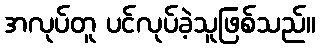
အလုပ်တူ ပင်လုပ်ခဲ့သူဖြစ်သည်။